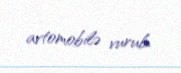
avtomobilə vurub.